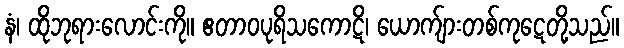
နံ၊ ထိုဘုရားလောင်းကို။ ဧတာဝပုရိသကောဋိ၊ ယောက်ျားတစ်ကုဋေတို့သည်။